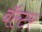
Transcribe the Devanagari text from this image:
वॅल्टर